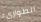
الطوارىء